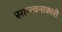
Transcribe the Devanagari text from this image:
सान्त्वनाकारी